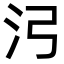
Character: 𬇗